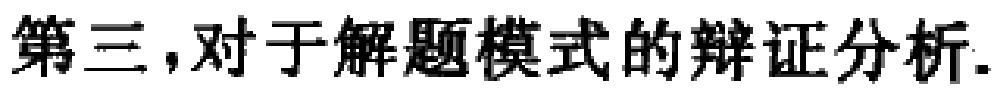
第三，对于解题模式的辩证分析.